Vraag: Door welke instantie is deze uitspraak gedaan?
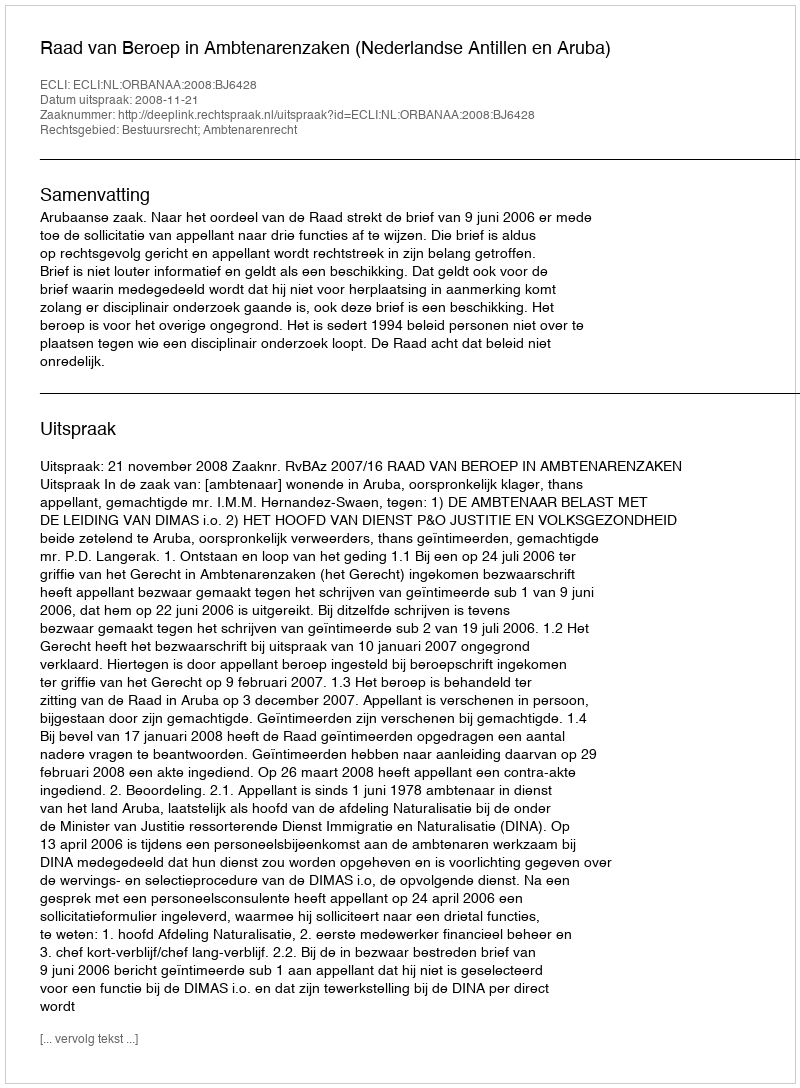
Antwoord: Raad van Beroep in Ambtenarenzaken (Nederlandse Antillen en Aruba)